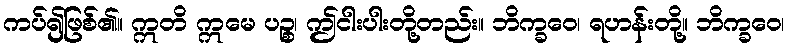
ကပ်၍ဖြစ်၏။ ဣတိ ဣမေ ပဉ္စ၊ ဤငါးပါးတို့တည်း။ ဘိက္ခဝေ၊ ရဟန်းတို့။ ဘိက္ခဝေ၊